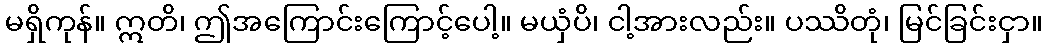
မရှိကုန်။ ဣတိ၊ ဤအကြောင်းကြောင့်ပေါ့။ မယှံပိ၊ ငါ့အားလည်း။ ပဿိတုံ၊ မြင်ခြင်းငှာ။